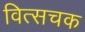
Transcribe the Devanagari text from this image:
वित्सचक